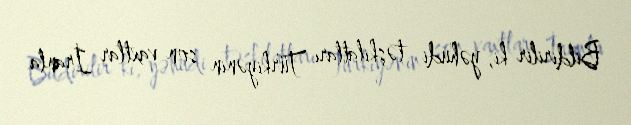
Bildirilir ki, yəhudi təşkilatları Türkiyənin son vaxtlar İranla